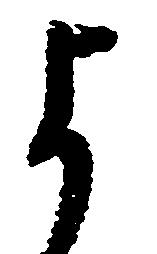
よ